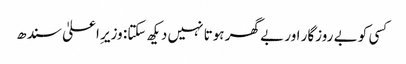
کسی کو بے روزگار اور بے گھر ہوتا نہیں دیکھ سکتا: وزیرِ اعلیٰ سندھ